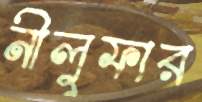
নীলুফার